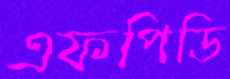
এফপিডি